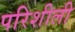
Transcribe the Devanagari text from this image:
परिशीली